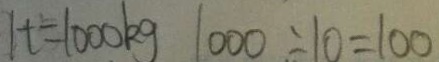
1 t = 1 0 0 0 k g 1 0 0 0 \div 1 0 = 1 0 0